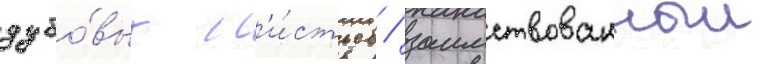
дубо́вых л'и́стьев / заимствованныи